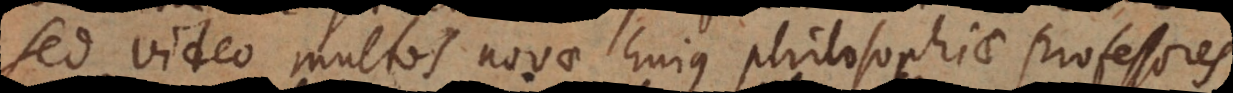
Sed video multos novae hujus philosophiae professores